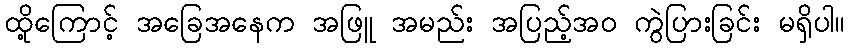
ထို့ကြောင့် အခြေအနေက အဖြူ အမည်း အပြည့်အဝ ကွဲပြားခြင်း မရှိပါ။